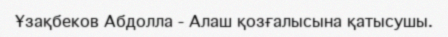
Ұзақбеков Абдолла - Алаш қозғалысына қатысушы.